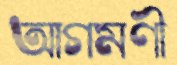
আগমণী